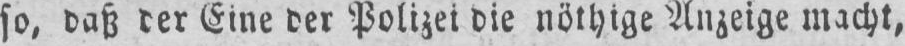
Eine der Polizei die nöthige Anzeige macht,